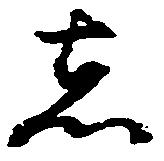
者